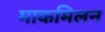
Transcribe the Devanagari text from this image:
माकमिलन